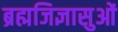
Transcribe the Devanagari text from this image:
ब्रह्मजिज्ञासुओं